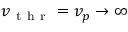
v _ { \mathrm { ~ t ~ h ~ r ~ } } = v _ { p } \to \infty